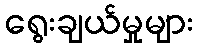
ရွေးချယ်မှုများ